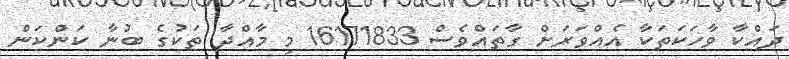
ދައްކާ ވާހަކަތަކާ އެއްވަރަށް ގާތައްވެސް 16171833 މި މާއްދާ ތަކުގެ ބުނާ ކަންކަން